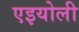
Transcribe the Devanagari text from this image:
एइयोली